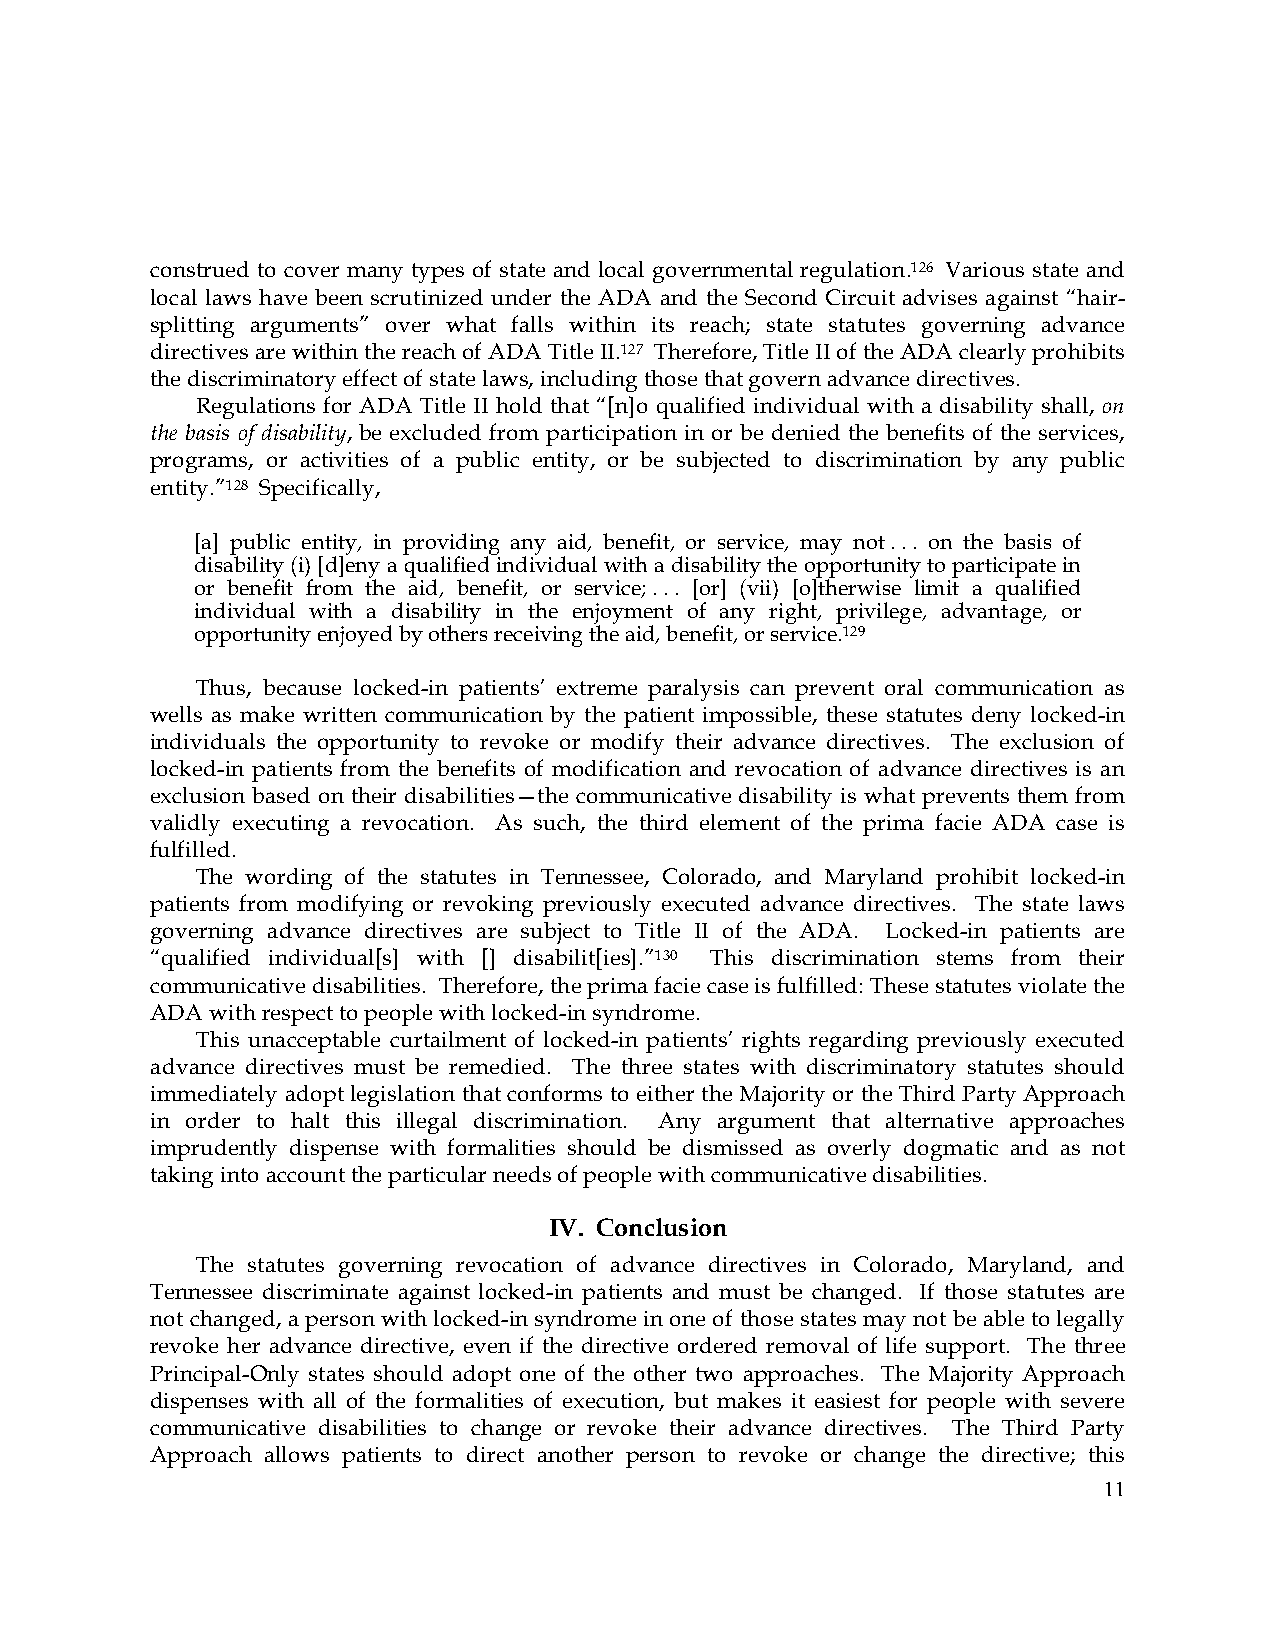
construed to cover many types of state and local governmental regulation.126 Various state and
 local laws have been scrutinized under the ADA and the Second Circuit advises against “hair-
 splitting arguments” over what falls within its reach; state statutes governing advance
 directives are within the reach of ADA Title II.127 Therefore, Title II of the ADA clearly prohibits
 the discriminatory effect of state laws, including those that govern advance directives.
 Regulations for ADA Title II hold that “[n]o qualified individual with a disability shall, on
 the basis of disability, be excluded from participation in or be denied the benefits of the services,
 programs, or activities of a public entity, or be subjected to discrimination by any public
 entity.”128 Specifically,
 [a] public entity, in providing any aid, benefit, or service, may not . . . on the basis of
 disability (i) [d]eny a qualified individual with a disability the opportunity to participate in
 or benefit from the aid, benefit, or service; . . . [or] (vii) [o]therwise limit a qualified
 individual with a disability in the enjoyment of any right, privilege, advantage, or
 opportunity enjoyed by others receiving the aid, benefit, or service.129
 Thus, because locked-in patients’ extreme paralysis can prevent oral communication as
 wells as make written communication by the patient impossible, these statutes deny locked-in
 individuals the opportunity to revoke or modify their advance directives. The exclusion of
 locked-in patients from the benefits of modification and revocation of advance directives is an
 exclusion based on their disabilities—the communicative disability is what prevents them from
 validly executing a revocation. As such, the third element of the prima facie ADA case is
 fulfilled.
 The wording of the statutes in Tennessee, Colorado, and Maryland prohibit locked-in
 patients from modifying or revoking previously executed advance directives. The state laws
 governing advance directives are subject to Title II of the ADA. Locked-in patients are
 “qualified individual[s] with [] disabilit[ies].”130 This discrimination stems from their
 communicative disabilities. Therefore, the prima facie case is fulfilled: These statutes violate the
 ADA with respect to people with locked-in syndrome.
 This unacceptable curtailment of locked-in patients’ rights regarding previously executed
 advance directives must be remedied. The three states with discriminatory statutes should
 immediately adopt legislation that conforms to either the Majority or the Third Party Approach
 in order to halt this illegal discrimination. Any argument that alternative approaches
 imprudently dispense with formalities should be dismissed as overly dogmatic and as not
 taking into account the particular needs of people with communicative disabilities.
 IV. Conclusion
 The statutes governing revocation of advance directives in Colorado, Maryland, and
 Tennessee discriminate against locked-in patients and must be changed. If those statutes are
 not changed, a person with locked-in syndrome in one of those states may not be able to legally
 revoke her advance directive, even if the directive ordered removal of life support. The three
 Principal-Only states should adopt one of the other two approaches. The Majority Approach
 dispenses with all of the formalities of execution, but makes it easiest for people with severe
 communicative disabilities to change or revoke their advance directives. The Third Party
 Approach allows patients to direct another person to revoke or change the directive; this
 11